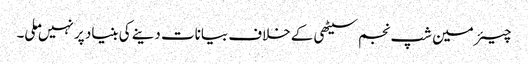
چیئرمین شپ نجم سیٹھی کے خلاف بیانات دینے کی بنیاد پر نہیں ملی۔